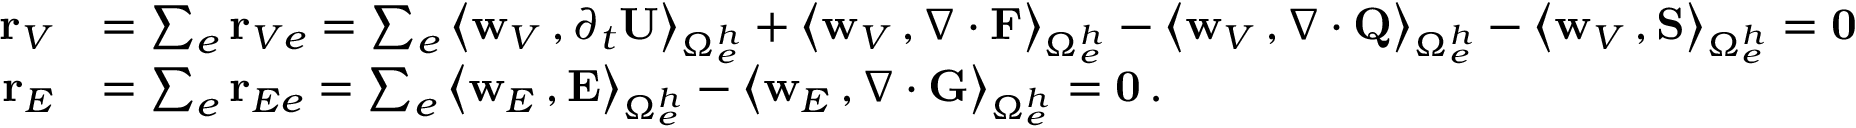
\begin{array} { r l } { { \bf r } _ { V } } & { = \sum _ { e } { \bf r } _ { V e } = \sum _ { e } \big \langle { { \bf w } _ { V } } \, , \partial _ { { t } } { \bf U } \big \rangle _ { \Omega _ { e } ^ { h } } + \big \langle { { \bf w } _ { V } } \, , \nabla \cdot { \bf F } \big \rangle _ { \Omega _ { e } ^ { h } } - \big \langle { { \bf w } _ { V } } \, , \nabla \cdot { \bf Q } \big \rangle _ { \Omega _ { e } ^ { h } } - \big \langle { { \bf w } _ { V } } \, , { \bf S } \big \rangle _ { \Omega _ { e } ^ { h } } = { \bf 0 } } \\ { { \bf r } _ { E } } & { = \sum _ { e } { \bf r } _ { E e } = \sum _ { e } \big \langle { { \bf w } _ { E } } \, , { \bf E } \big \rangle _ { \Omega _ { e } ^ { h } } - \big \langle { { \bf w } _ { E } } \, , \nabla \cdot { \bf G } \big \rangle _ { \Omega _ { e } ^ { h } } = { \bf 0 } \, . } \end{array}